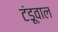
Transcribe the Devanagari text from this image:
टंडूवाल